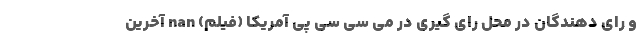
و رای دهندگان در محل رای گیری در می سی سی پی آمریکا (فیلم) nan آخرین